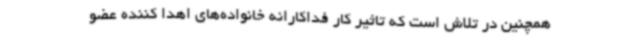
همچنین در تلاش است که تاثیر کار فداکارانه خانواده‌های اهدا کننده عضو